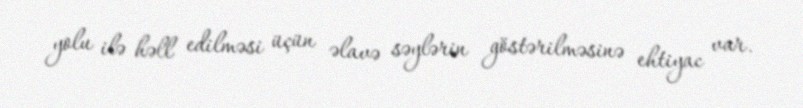
yolu ilə həll edilməsi üçün əlavə səylərin göstərilməsinə ehtiyac var.